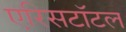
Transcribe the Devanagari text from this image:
एरिसटॉटल